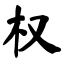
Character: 权